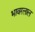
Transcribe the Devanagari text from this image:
भावरलाल